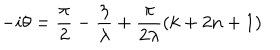
LaTeX: - i \theta = \frac { \pi } { 2 } - \frac { \eta } { \lambda } + \frac { \pi } { 2 \lambda } \left( k + 2 n + 1 \right)